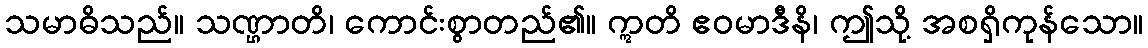
သမာဓိသည်။ သဏ္ဌာတိ၊ ကောင်းစွာတည်၏။ ဣတိ ဧဝမာဒီနိ၊ ဤသို့ အစရှိကုန်သော။